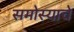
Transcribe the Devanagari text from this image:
समोस्याचे